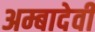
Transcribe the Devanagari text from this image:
अम्बादेवी